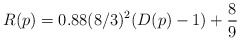
\begin{align*}R(p) = 0.88(8/3)^2(D(p)-1) + \frac{8}{9}\end{align*}